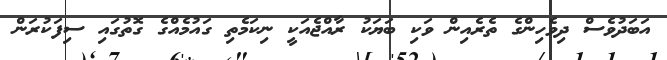
އަބަދުވެސް ދިވެހިންގެ ތެރެއިން ވަކި ބަޔަކު ރާއްޖެއަކީ ނިކަމެތި ގައުމެއްގެ ގޮތުގައި ސިފަކުރަން